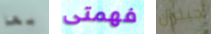
بها فهمتى جينرال